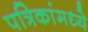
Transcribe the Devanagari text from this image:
पत्रिकांमध्ये